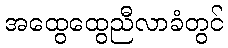
အထွေထွေညီလာခံတွင်